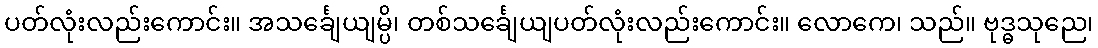
ပတ်လုံးလည်းကောင်း။ အသင်္ချေယျမ္ပိ၊ တစ်သင်္ချေယျပတ်လုံးလည်းကောင်း။ လောကေ၊ သည်။ ဗုဒ္ဓသုညေ၊